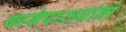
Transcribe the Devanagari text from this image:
फासेपारध्यांना